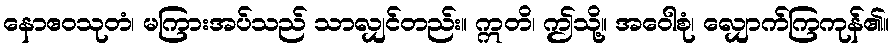
နောဧဝသုတံ၊ မကြားအပ်သည် သာလျှင်တည်း။ ဣတိ၊ ဤသို့။ အဝေါစုံ၊ လျှောက်ကြကုန်၏။